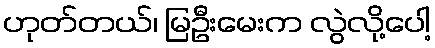
ဟုတ်တယ်၊ မြဦးမေးက လွဲလို့ပေါ့